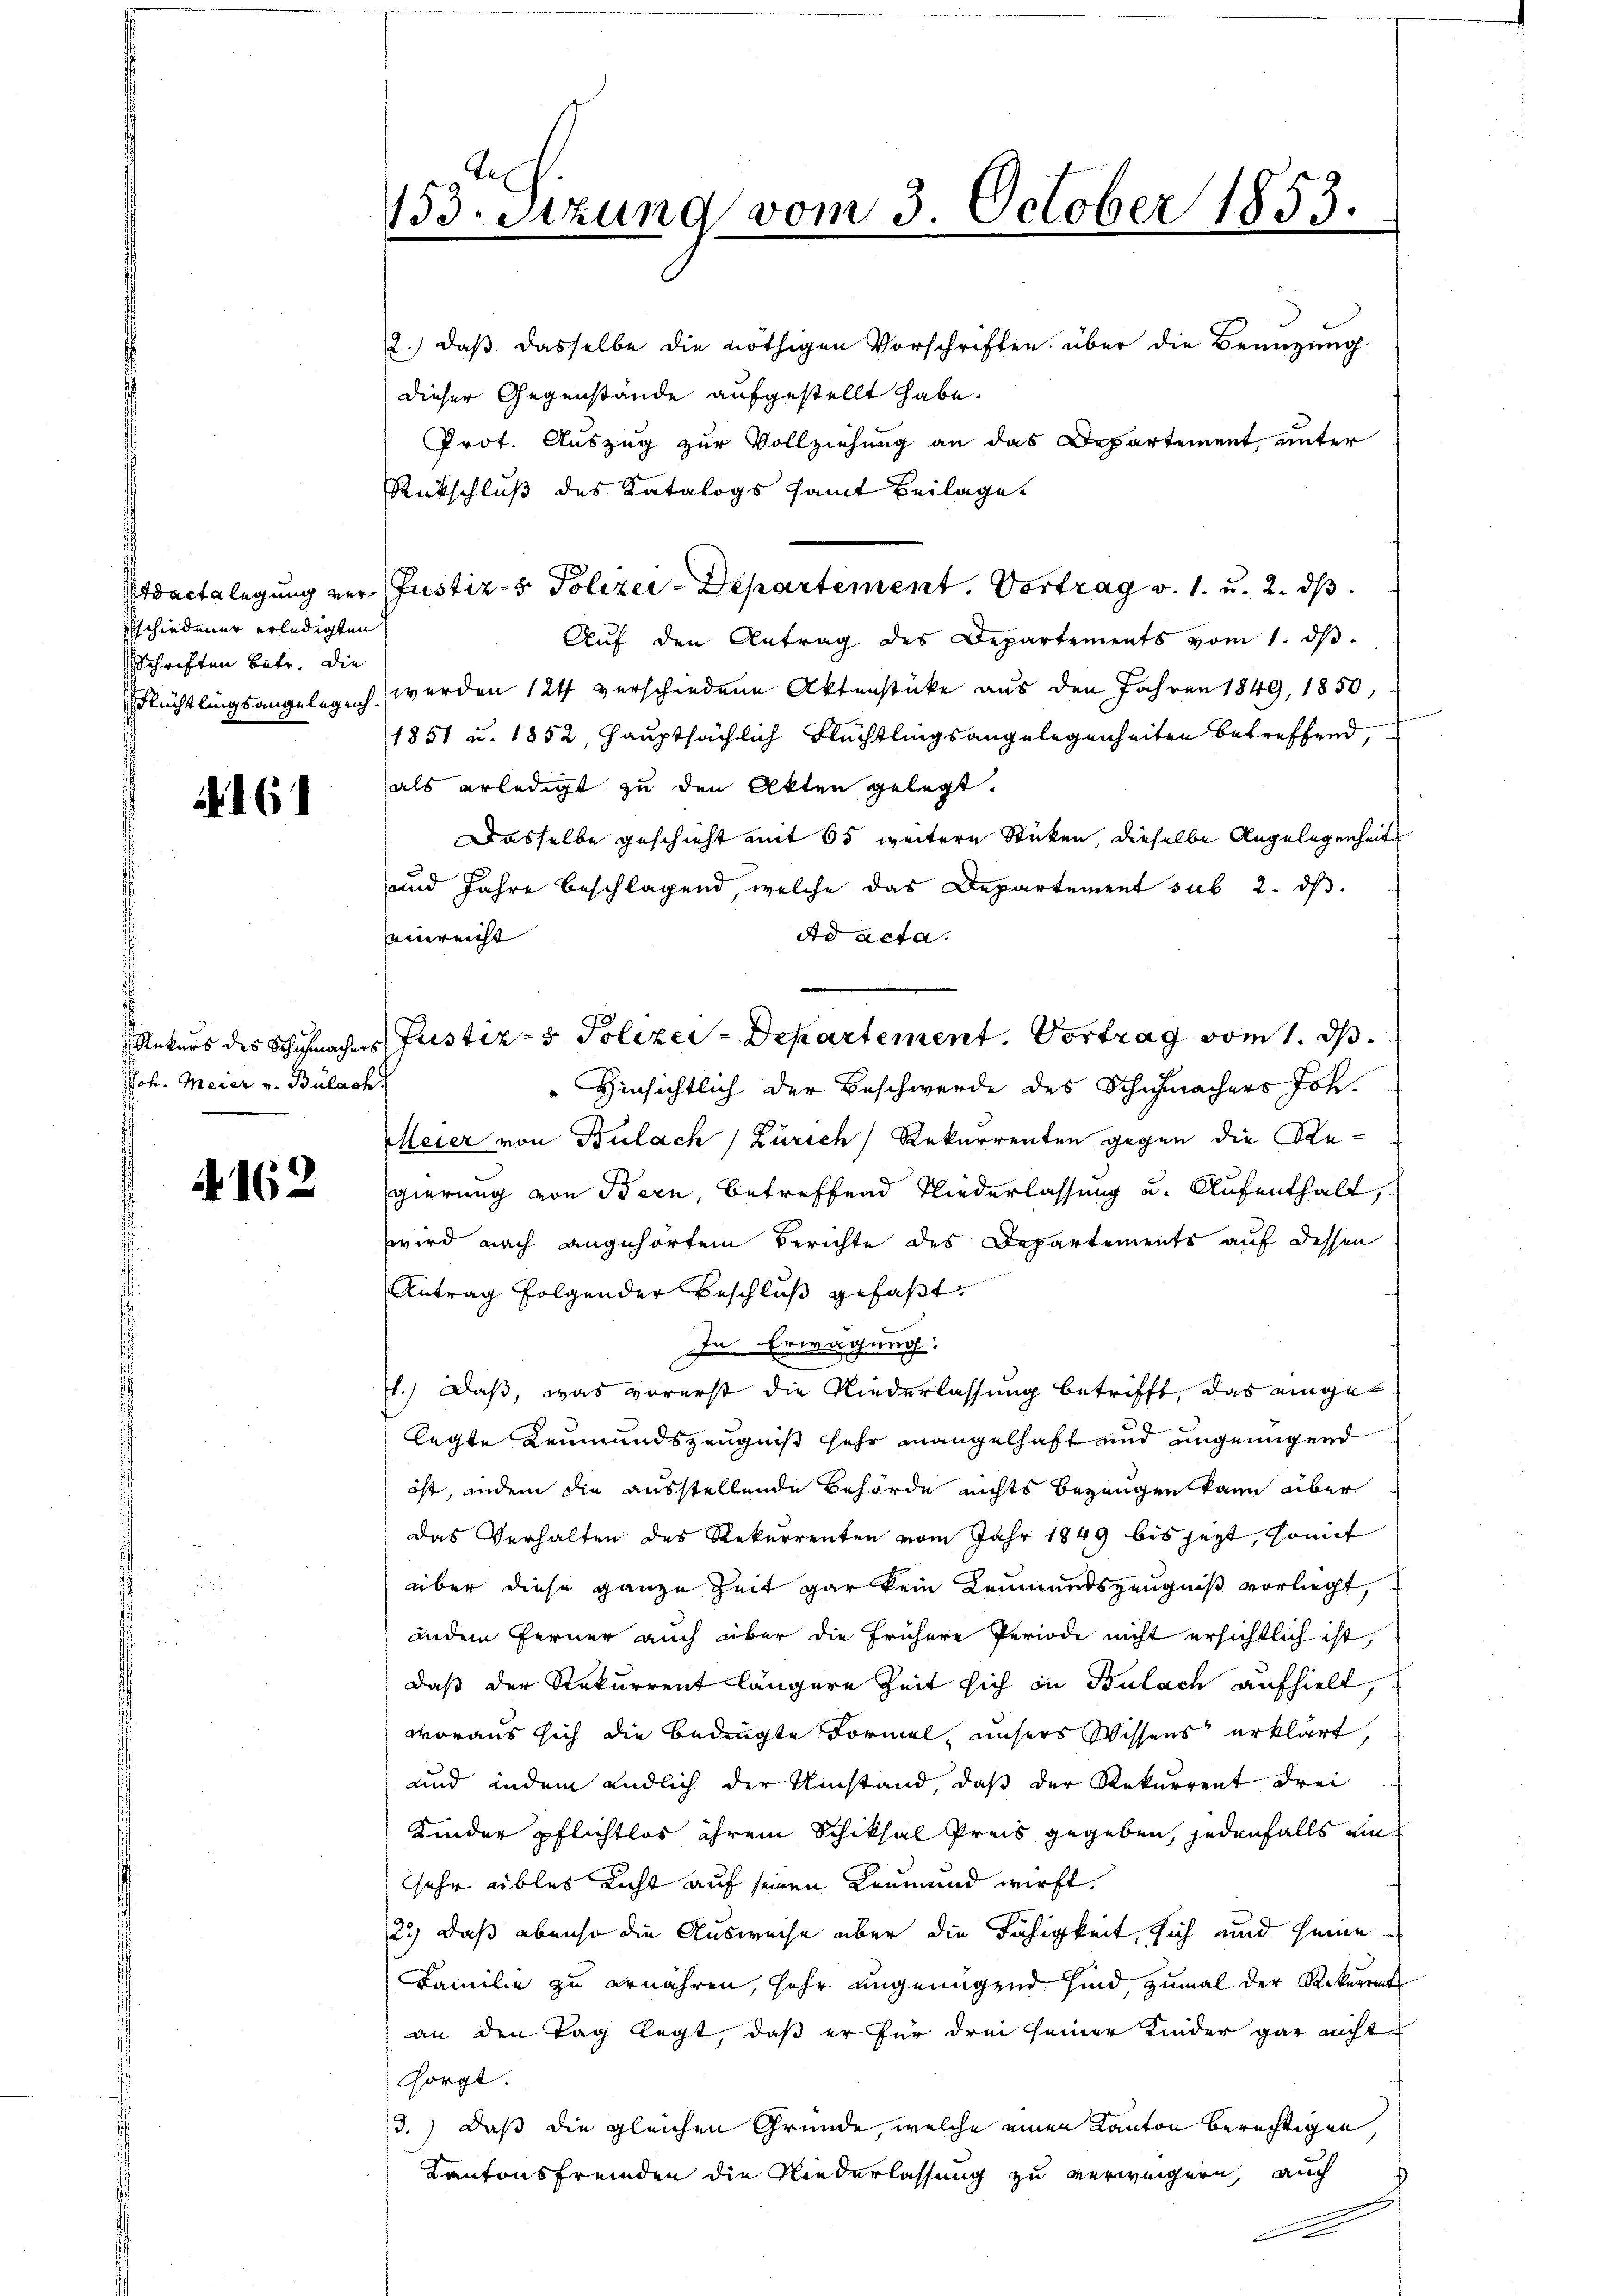
Adacta legung verschiedener erledigten
Schriften betr. Die
Flüchtlingsangeleglich

Joh. Meier v. Bülach

4162

.
153. Sitzung vom 3. October 1853.

2.) daß dasselbe die nöthigen Vorschriften über die Benutzung
dieser Gegenstände aufgestellt habe.
Prot. Auszug zur Vollziehung an das Departement, unter
Rückschluß des Katalogs samt Beilage.
Justiz- & Polizei-Departement. Vortrag v. 1. u. 2. ds.
Aŭf den Antrag des Departements vom 1. dβ.
werden 124 verschiedene Aktenstücke aus den Jahren 1849, 1850,
1851 u. 1852, hauptsächlich Flüchtlingsangelegenheiten betreffend,
als erledigt zu den Akten gelegt.
Dasselbe geschieht mit 65 weitere Sticken, dieselbe Angelegenheit
und Jahre beschlagend, welche das Departement sub 2. dβ.
einreicht
Ad acta.
Rekurs des Schuhmachers Justiz- & Polizei-Departement. Vortrag vom 1. ds
"Hinsichtlich der Beschwerde des Schuhmachers Joh.
Meier von Bülach Zürich Rekurrenten gegen die Regierung von Bern, betreffend Niederlassung u. Aufenthalt,
wird nach angehörtem Berichte des Departements auf dessen
Antrag folgender Beschluß gefaßt:
In Erwägung:
1.) Daß, was vorerst die Niederlassung betrifft, das eingelegte Leumundszeugnis sehr mangelhaft und ungenügend
ist, indem die ausstellende Behörde nichts bezeugen kann aber
das Verhalten des Rekurrenten vom Jahr 1849 bis jezt, somit
über diese ganze Zeit gar kein Leumundszeugniß vorliegt,
inder Ferner auch über die frühere Periode nicht ersichtlich ist,
daß der Rekurrent längere Zeit sich in Bulach aufhielt,
woraus sich die Bedingte Formel, unsers Wissens erklärt,
und indem endlich der Umstand, daß der Rekurrent drei
Kinder pflichtlos ihrem Schiksal Preis gegeben, jedenfalls ansehr übles Licht auf seinen Leumund wirft.
23) daß ebenso die Ausweise über die Fähigkeit, sich und seine
Familie zu ernähren, sehr ungenügend sind, zumal der Rekurrent
an den Tag legt, daß er für drei seiner Kinder gar nicht
sorgt.
3.) Daß die gleichen Gründe, welche einen Kanton berechtigen,
Kantonsfremden die Niederlassung zu verweigern, auch
Ge